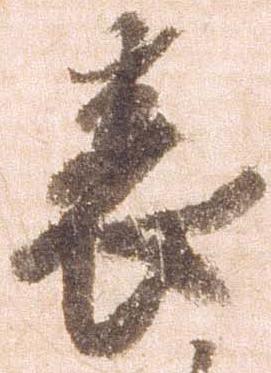
表